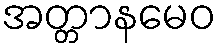
အတ္တာနမေဝ